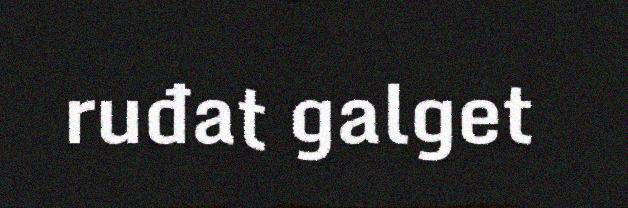
ruđat galget